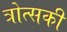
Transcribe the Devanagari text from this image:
त्रोत्सकी